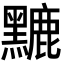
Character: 𪒏